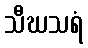
သီဃသရံ